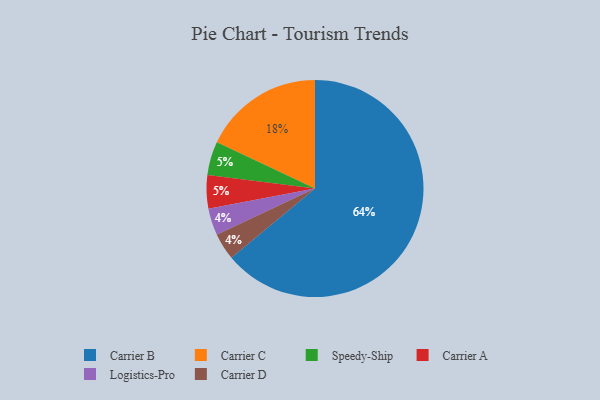
{"axis": {"x": "Category", "y": "Percentage"}, "legend": ["Carrier A", "Carrier B", "Carrier C", "Carrier D", "Logistics-Pro", "Speedy-Ship"], "data": [{"x": "Logistics-Pro", "y": 4, "type": "Logistics-Pro"}, {"x": "Speedy-Ship", "y": 5, "type": "Speedy-Ship"}, {"x": "Carrier D", "y": 4, "type": "Carrier D"}, {"x": "Carrier B", "y": 64, "type": "Carrier B"}, {"x": "Carrier A", "y": 5, "type": "Carrier A"}, {"x": "Carrier C", "y": 18, "type": "Carrier C"}]}